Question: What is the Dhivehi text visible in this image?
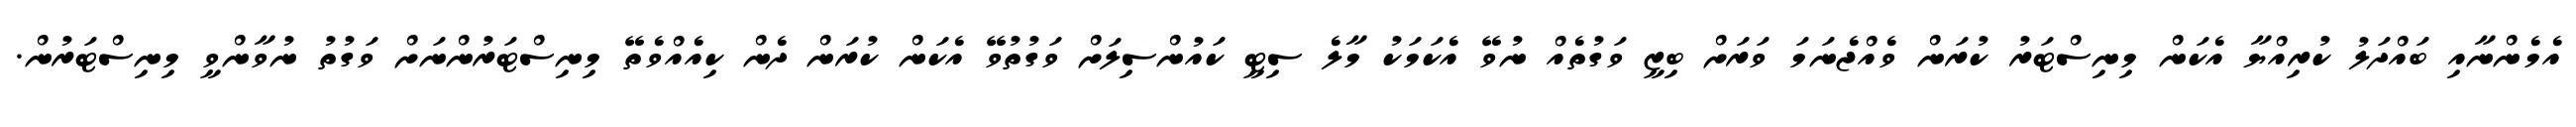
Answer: އެމެންނާއި ބައްދަލު ކުރިއްޔާ އެކަން މިނިސްޓަރު ކުރަން ވެއްޖެނަމަ ވަރަށް ބިޒީ ވަގުތެއް ނުވޭ އެކަމަކު މާލެ ސިޓީ ކައުންސިލަށް ވަގުތުވޭ އެކަން ކުރަން ދެން ކިއެއްވެތޭ މިނިސްޓަރުންނަށް ވަގުތު ނުވާންވީ މިނިސްޓަރުން.